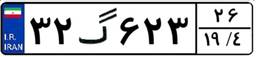
۳۲گ۶۲۳۲۶